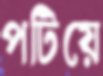
পটিয়ে